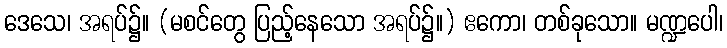
ဒေသေ၊ အရပ်၌။ (မစင်တွေ ပြည့်နေသော အရပ်၌။) ဧကော၊ တစ်ခုသော။ မဏ္ဍပေါ၊